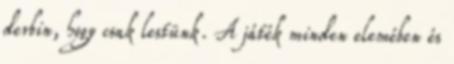
derbin, hogy csak lestünk. A játék minden elemében és